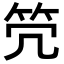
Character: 𥫺